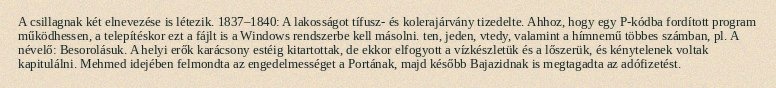
A csillagnak két elnevezése is létezik. 1837–1840: A lakosságot tífusz- és kolerajárvány tizedelte. Ahhoz, hogy egy P-kódba fordított program működhessen, a telepítéskor ezt a fájlt is a Windows rendszerbe kell másolni. ten, jeden, vtedy, valamint a hímnemű többes számban, pl. A névelő: Besorolásuk. A helyi erők karácsony estéig kitartottak, de ekkor elfogyott a vízkészletük és a lőszerük, és kénytelenek voltak kapitulálni. Mehmed idejében felmondta az engedelmességet a Portának, majd később Bajazidnak is megtagadta az adófizetést.